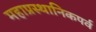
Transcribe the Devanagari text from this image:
महाप्रस्थानिकपर्व